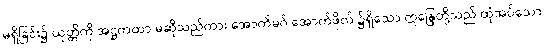
မရှိခြင်း၌ ယုတ္တိကို အဋ္ဌကထာ မဆိုသည်ကား အောက်မဂ် အောက်ဖိုလ် ၌ရှိသော ဣန္ဒြေတို့သည် ထုံအပ်သော